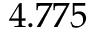
4 . 7 7 5